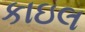
કાઇલ